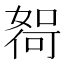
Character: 𫱖